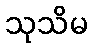
သုသိမ